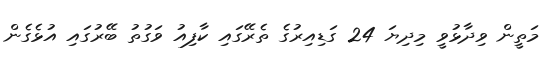
މަތީން ވިދާޅުވީ މިދިޔަ 24 ގަޑިއިރުގެ ތެރޭގައި ކާފިއު ވަގުތު ބޭރުގައި އުޅެގެން